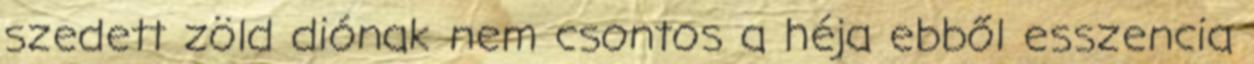
szedett zöld diónak nem csontos a héja ebből esszencia